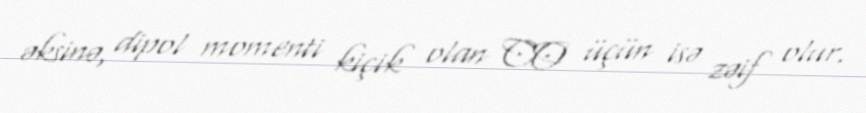
əksinə, dipol momenti kiçik olan CO üçün isə zəif olur.